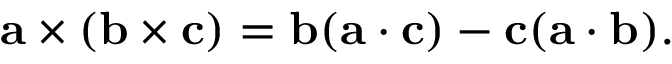
\mathbf { a } \times ( \mathbf { b } \times \mathbf { c } ) = \mathbf { b } ( \mathbf { a } \cdot \mathbf { c } ) - \mathbf { c } ( \mathbf { a } \cdot \mathbf { b } ) .